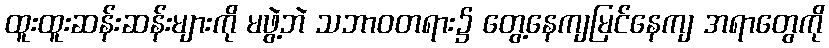
ထူးထူးဆန်းဆန်းများကို မဖွဲ့ဘဲ သဘာဝတရား၌ တွေ့နေကျမြင်နေကျ အရာတွေကို